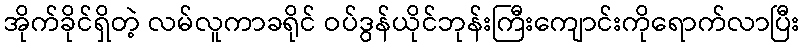
အိုက်ခိုင်ရှိတဲ့ လမ်လူကာခရိုင် ဝပ်ဒွန်ယိုင်ဘုန်းကြီးကျောင်းကိုရောက်လာပြီး